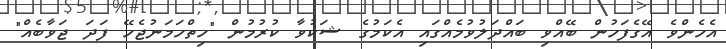
އެހެންވެ އޭގެފަހުން ބޭއްވި ބައްދަލުވުމެއްގައި އެކަމުގެ ޝަކުވާ ކުރުމުން "ހިތްހަމަނުޖެހޭ ފަދަ ޖަވާބެއް"